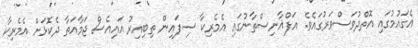
އެގައުމުގައި އޮތްދުވަސްވަރުގައެވެ. އަފްޣާނިސްތާނުގައި އެމެރިކާ ސިފައިން ތިބިއިރު އައިއެސް ޖަމާއަތާ ދެކޮޅަށް އެމެރިކާ